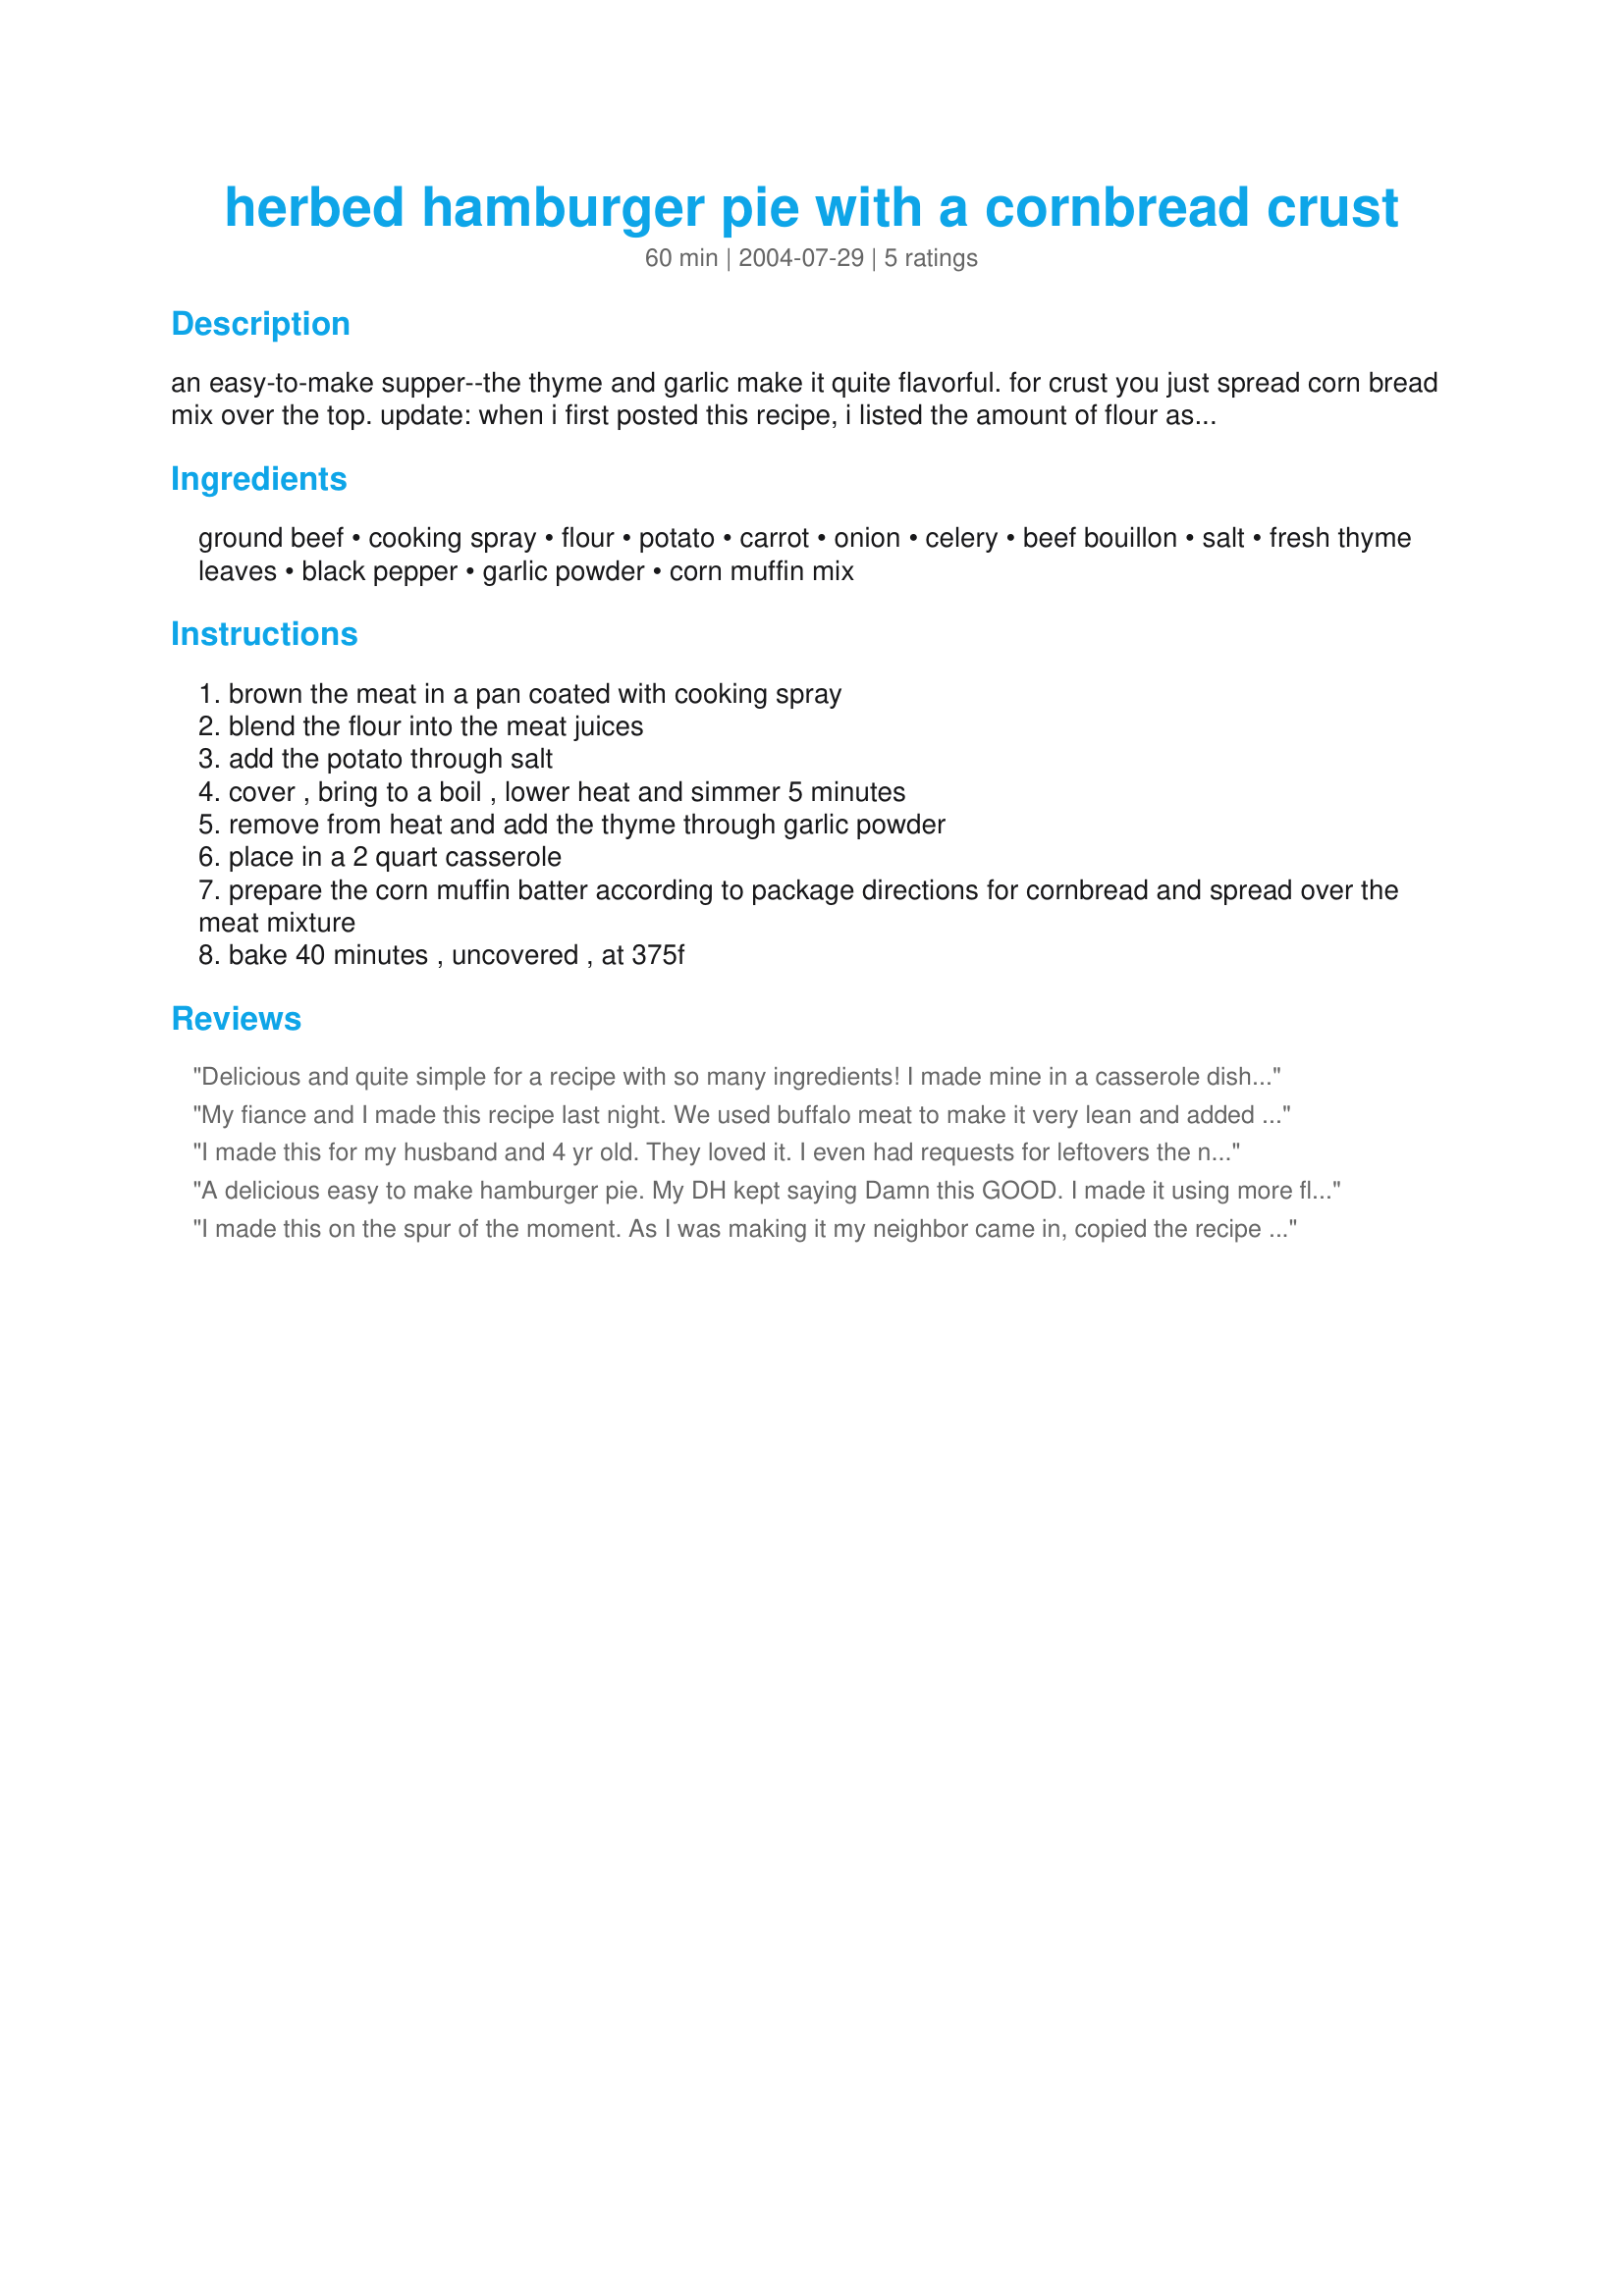
herbed hamburger pie with a cornbread crust
Preparation time: 60 minutes

an easy-to-make supper--the thyme and garlic make it quite flavorful. for crust you just spread corn bread mix over the top. update: when i first posted this recipe, i listed the amount of flour as 1/4 cup. however, that is only necessary if the hamburger you're using has a very fatty content. nowadays, i use fairly lean hamburger (90%), which doesn't yield as much juice, so i've cut the amount of flour in half to just 2 tbsp. i think the 4 tbsp (1/4 cup) works best with 75% or less lean ground beef. so adjust the amount of flour you use to reflect the fattiness of the beef.

Ingredients:
ground beef, cooking spray, flour, potato, carrot, onion, celery, beef bouillon, salt, fresh thyme leaves, black pepper, garlic powder, corn muffin mix

Steps:
brown the meat in a pan coated with cooking spray
blend the flour into the meat juices
add the potato through salt
cover , bring to a boil , lower heat and simmer 5 minutes
remove from heat and add the thyme through garlic powder
place in a 2 quart casserole
prepare the corn muffin batter according to package directions for cornbread and spread over the meat mixture
bake 40 minutes , uncovered , at 375f

Reviews:
Delicious and quite simple for a recipe with so many ingredients! I made mine in a casserole dish, which was a bit shallow for the job, so if you have something deeper, I recommend using it. The thyme and cornbread top complimented one another surprisingly well.
My fiance and I made this recipe last night. We used buffalo meat to make it very lean and added more veggies. We both loved it! we also used a gluten free cornbread. Fantastic all around! Will def make i again!
I made this for my husband and 4 yr old. They loved it. I even had requests for leftovers the next day. Instead of one casserole, I made two smaller ones and added a bit more veggies like one of the other commenters suggested.
A delicious easy to make hamburger pie. My DH kept saying Damn this GOOD. I made it using more flour 1/4 cup and 2 1/2 cups beef broth as we like a lot of gravy. Also add 1/3 cup frozen peas, you could add corn.
Then topped it with prepared Jiffy cornbread, this made more than enough cornbread for 2 people. I will be making this again & again so good & easy. Thank you Edith.
I made this on the spur of the moment. As I was making it my neighbor came in, copied the recipe and took it home to make it the same time. I made mine with ground turkey, all ingredients listed but chose the minced garlic & the dried thyme and I chopped the onions instead of rings.I used 2 boxes of Jiffy corn mix because it didn't look like 1 would be enough. My neighbor used ground beef and followed directions except she didnt have the muffin mix so she used 1 package of cheese biscuit mix. So in comparison, we liked the onions chopped, the jiffy mix, but only 1 pkg (2 was too much, maybe use 1 1/2 and bake up put the rest), the cheese bisquit topping was too dry, Both Turkey and Beef were ok. I did add a touch of oil when browning the turkey and seasoned it with montreal steak seasoning. I don't think you can mess this up. I put a plop of sour cream on my serving. The guys liked it with hot sauce.
